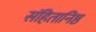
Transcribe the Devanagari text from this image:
संहितानिष्ठ